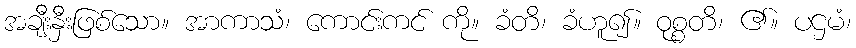
အချီးနှီးဖြစ်သော။ အာကာသံ၊ ကောင်းကင် ကို။ ခံတိ၊ ခံဟူ၍။ ဝုစ္စတိ၊ ၏။ ပဌမံ၊